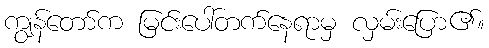
ကျွန်တော်က မြင်းပေါ်တက်နေရာမှ လှမ်းပြော၏။